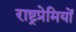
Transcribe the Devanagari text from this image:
राष्ट्रप्रेमियों